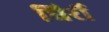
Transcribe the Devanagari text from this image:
घिर्री